65_HS1-834228961_62-HQ-83894_Section_7
Agency: FBI
Page 31
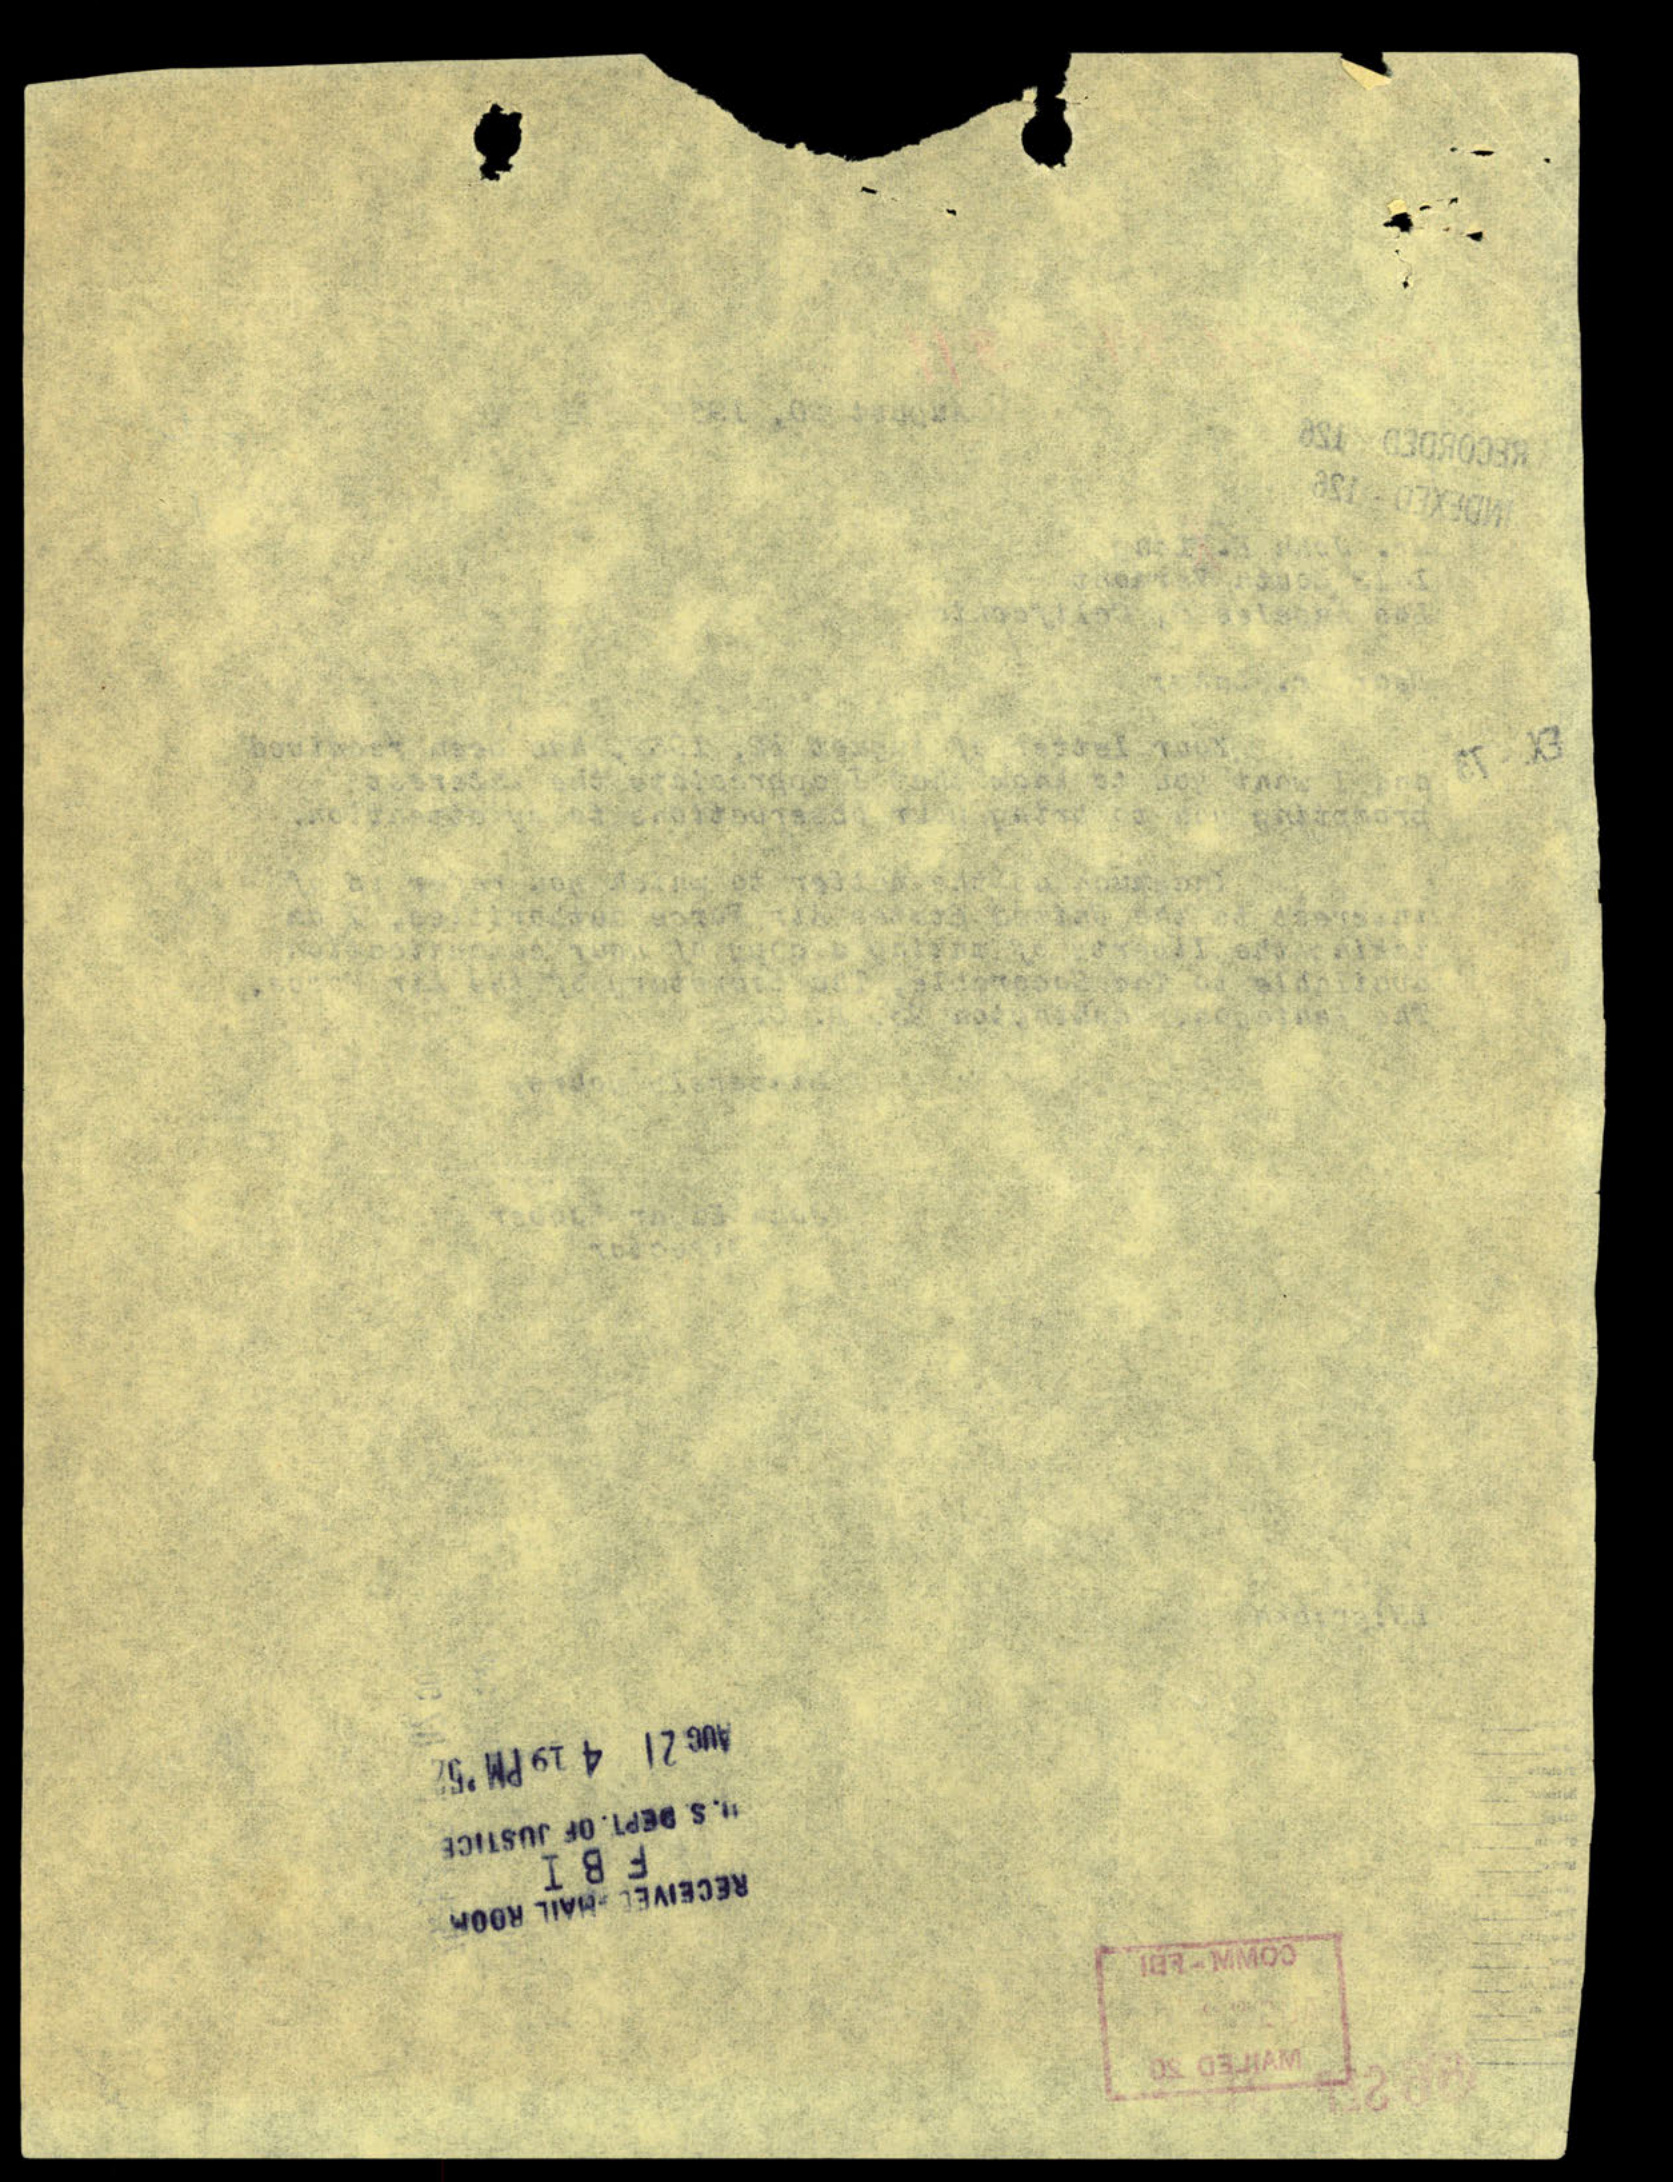